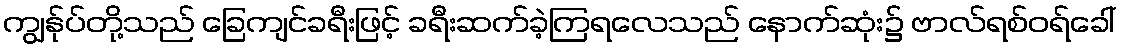
ကျွန်ုပ်တို့သည် ခြေကျင်ခရီးဖြင့် ခရီးဆက်ခဲ့ကြရလေသည် နောက်ဆုံး၌ ဗာလ်ရစ်ဝရ်ခေါ်